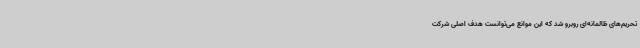
تحریم‌های ظالمانه‌ای روبرو شد که این موانع می‌توانست هدف اصلی شرکت